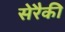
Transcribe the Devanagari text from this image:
सेरैकी